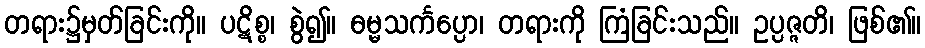
တရား၌မှတ်ခြင်းကို။ ပဋိစ္စ၊ စွဲ၍။ ဓမ္မသင်္ကပ္ပော၊ တရားကို ကြံခြင်းသည်။ ဥပ္ပဇ္ဇတိ၊ ဖြစ်၏။